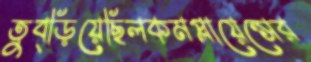
তুব্‌ড়িয়েছিলকমপ্লায়েন্সের